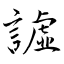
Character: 譃